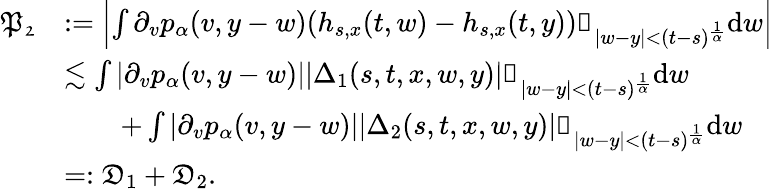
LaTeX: \begin{array}{rl}{\mathfrak{P_{2}}}&{:=\left|\int\partial_{v}p_{\alpha}(v,y-w)(h_{s,x}(t,w)-h_{s,x}(t,y))\mathbb{1}_{|w-y|<(t-s)^{\frac{1}{\alpha}}}\mathrm{d}w\right|}\\ &{\lesssim\int|\partial_{v}p_{\alpha}(v,y-w)||\Delta_{1}(s,t,x,w,y)|\mathbb{1}_{|w-y|<(t-s)^{\frac{1}{\alpha}}}\mathrm{d}w}\\ &{\qquad+\int|\partial_{v}p_{\alpha}(v,y-w)||\Delta_{2}(s,t,x,w,y)|\mathbb{1}_{|w-y|<(t-s)^{\frac{1}{\alpha}}}\mathrm{d}w}\\ &{=:\mathfrak{D}_{1}+\mathfrak{D}_{2}.}\end{array}